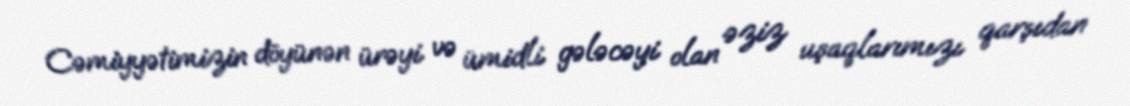
Cəmiyyətimizin döyünən ürəyi və ümidli gələcəyi olan əziz uşaqlarımızı qarşıdan